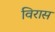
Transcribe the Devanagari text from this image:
विरास